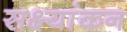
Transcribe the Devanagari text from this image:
सक्ष्यांकन